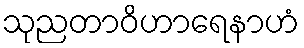
သုညတာဝိဟာရေနာဟံ